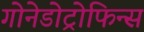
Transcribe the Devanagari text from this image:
गोनेडोट्रोफिन्स